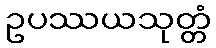
ဥပဿယသုတ္တံ